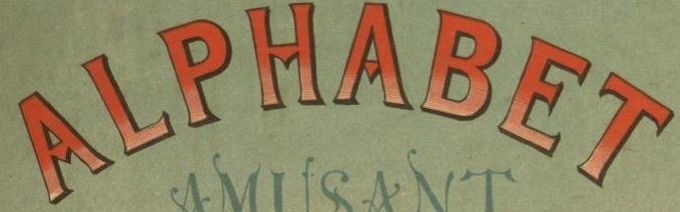
ALPHABET